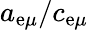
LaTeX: a_{\mathrm{e}\mu}/c_{\mathrm{e}\mu}